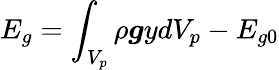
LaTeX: E_{g}=\displaystyle\int_{V_{p}}\rho\boldsymbol{g}ydV_{p}-E_{g0}